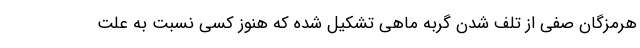
هرمزگان صفی از تلف شدن گربه ماهی تشکیل شده که هنوز کسی نسبت به علت